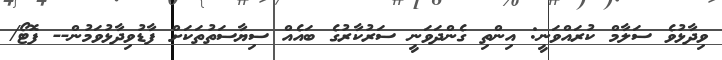
ވިދާޅުވެ ސަލާމް ކުރައްވަނީ: އިންތި ގެންދަވަނީ ސަރުކާރުގެ ބައެއް ސިޔާސަތުތަކަށް ފާޑުވިދާޅުވަމުން-- ފޮޓޯ/